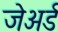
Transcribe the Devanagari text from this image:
जेअर्ड